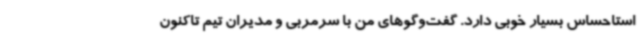
استاحساس بسیار خوبی دارد. گفت‌وگوهای من با سرمربی و مدیران تیم تاکنون